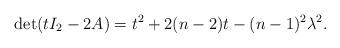
LaTeX: \begin{align*} \det(t I_2 - 2A) = t^2 + 2(n-2) t - (n-1)^2 \lambda^2 . \end{align*}